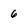
Character: 6